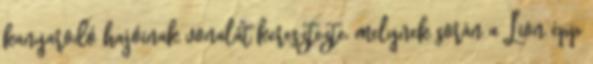
kanyarodó hajóinak vonalát keresztezte, melynek során a Lion épp